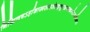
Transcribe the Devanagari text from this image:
निखिलषऽर्हाशास्त्रसारसंग्रहभूतग्रन्थकरणेऽप्यधिकारः